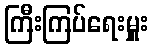
ကြီးကြပ်ရေးမှူး